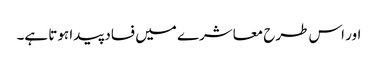
اور اس طرح معاشرے میں فساد پیدا ہوتا ہے۔